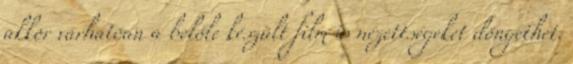
akkor várhatóan a belőle készült film is nézettségeket döngethet.